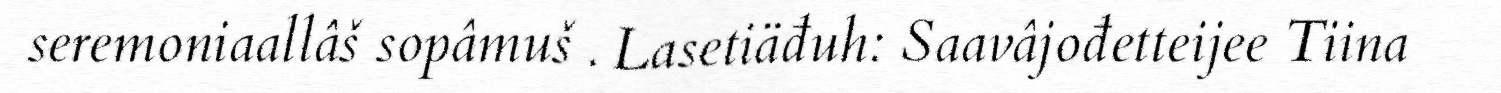
seremoniaallâš sopâmuš . Lasetiäđuh: Saavâjođetteijee Tiina